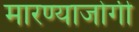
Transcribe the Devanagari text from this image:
मारण्याजोगी